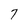
Character: 7